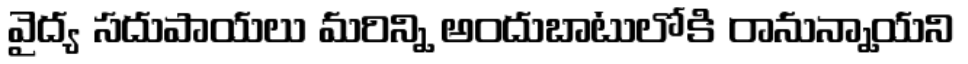
వైద్య సదుపాయలు మరిన్ని అందుబాటులోకి రానున్నాయని